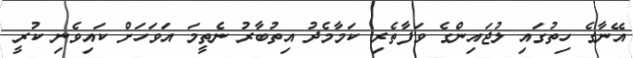
އޭނާގެ ހިތުގައި ލުޖައިންގެ ވަފާތެރި ކަމާމެދު އިތުބާރު ނެތީމަ އަވަހަށް ކައިވެނި ކުރީ